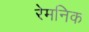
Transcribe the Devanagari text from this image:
रेमनिक